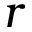
r